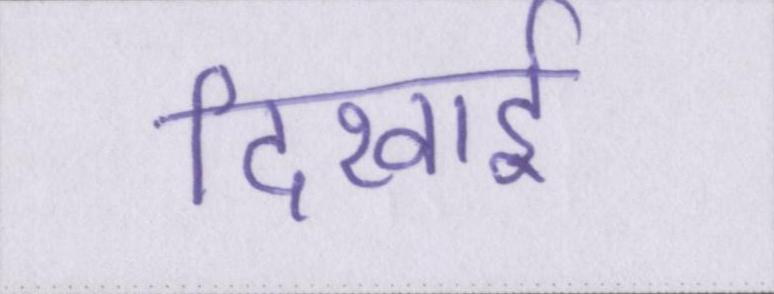
दिखाई